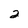
Character: 2